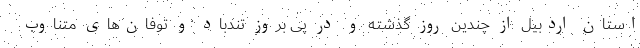
استان اردبیل از چندین روز گذشته و در پی بروز تندباد و توفان‌های متناوب